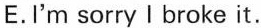
E.I'm sorry I broke it.